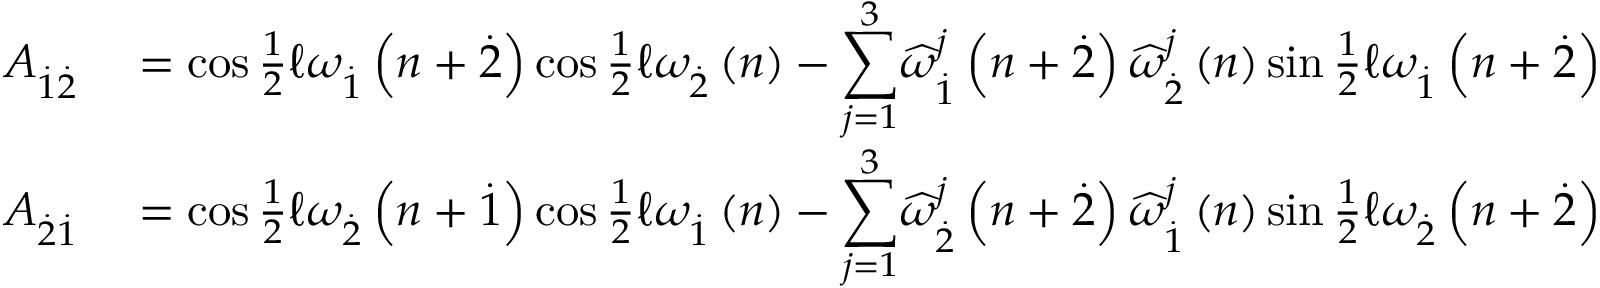
\begin{array} { r l } { A _ { \overset { . } { 1 } \overset { . } { 2 } } } & { { } = \cos \frac { 1 } { 2 } \mathcal { \ell } \omega _ { \overset { . } { 1 } } \left( n + \overset { . } { 2 } \right) \cos \frac { 1 } { 2 } \mathcal { \ell } \omega _ { \overset { . } { 2 } } \left( n \right) - { \displaystyle \sum _ { j = 1 } ^ { 3 } } \widehat { \omega } _ { \overset { . } { 1 } } ^ { j } \left( n + \overset { . } { 2 } \right) \widehat { \omega } _ { \overset { . } { 2 } } ^ { j } \left( n \right) \sin \frac { 1 } { 2 } \mathcal { \ell } \omega _ { \overset { . } { 1 } } \left( n + \overset { . } { 2 } \right) \sin \frac { 1 } { 2 } \mathcal { \ell } \omega _ { \overset { . } { 2 } } \left( n \right) } \\ { A _ { \overset { . } { 2 } \overset { . } { 1 } } } & { { } = \cos \frac { 1 } { 2 } \mathcal { \ell } \omega _ { \overset { . } { 2 } } \left( n + \overset { . } { 1 } \right) \cos \frac { 1 } { 2 } \mathcal { \ell } \omega _ { \overset { . } { 1 } } \left( n \right) - { \displaystyle \sum _ { j = 1 } ^ { 3 } } \widehat { \omega } _ { \overset { . } { 2 } } ^ { j } \left( n + \overset { . } { 2 } \right) \widehat { \omega } _ { \overset { . } { 1 } } ^ { j } \left( n \right) \sin \frac { 1 } { 2 } \mathcal { \ell } \omega _ { \overset { . } { 2 } } \left( n + \overset { . } { 2 } \right) \sin \frac { 1 } { 2 } \mathcal { \ell } \omega _ { \overset { . } { 1 } } \left( n \right) } \end{array}